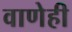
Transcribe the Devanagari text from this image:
वाणेही